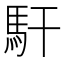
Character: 馯